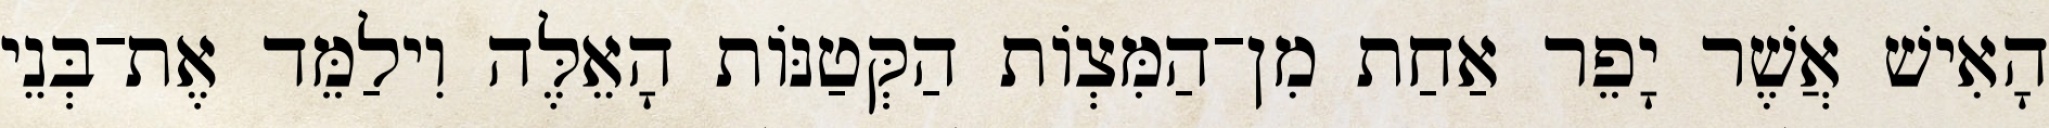
הָאִישׁ אֲשֶׁר יָפֵר אַחַת מִן־הַמִּצְוֹת הַקְּטַנּוֹת הָאֵלֶּה וִילַמֵּד אֶת־בְּנֵי